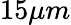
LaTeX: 15\mu m